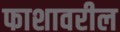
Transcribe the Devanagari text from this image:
फाशावरील